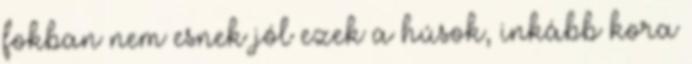
fokban nem esnek jól ezek a húsok, inkább kora